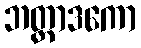
ဘတ္တာဒကော